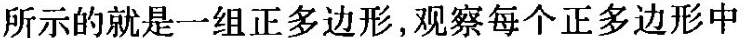
所示的就是一组正多边形，观察每个正多边形中